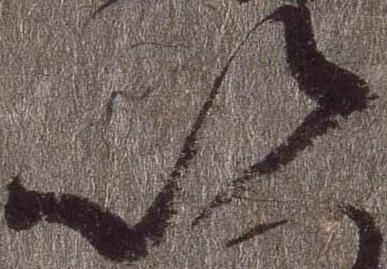
以